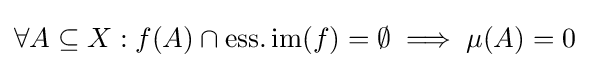
\forall A\subseteq X:f(A)\cap \operatorname {ess.im} (f)=\emptyset \implies \mu (A)=0